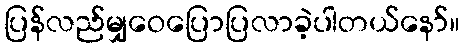
ပြန်လည်မျှဝေပြောပြလာခဲ့ပါတယ်နော်။